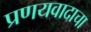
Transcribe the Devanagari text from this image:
प्रणयवादाचा